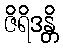
ဇိရိဒန္တိ